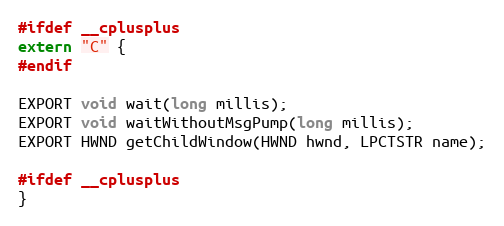
Language: C
#ifdef __cplusplus
extern "C" {
#endif

EXPORT void wait(long millis);
EXPORT void waitWithoutMsgPump(long millis);
EXPORT HWND getChildWindow(HWND hwnd, LPCTSTR name);

#ifdef __cplusplus
}